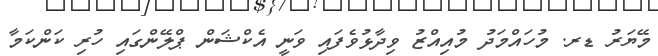
މޭޔަރު ޑރ. މުހައްމަދު މުއިއްޒު ވިދާޅުވެފައި ވަނީ އެކްޝަން ޕްލޭންގައި ހުރި ކަންކަމާ